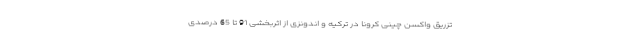
تزریق واکسن چینی کرونا در ترکیه و اندونزی از اثربخشی 91 تا 65 درصدی